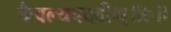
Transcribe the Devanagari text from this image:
कैवल्यपदवीम्॥७॥